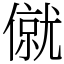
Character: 僦